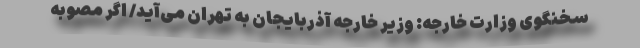
سخنگوی وزارت خارجه: وزیر خارجه آذربایجان به تهران می‌آید/ اگر مصوبه